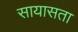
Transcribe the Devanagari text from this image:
सायासता